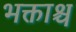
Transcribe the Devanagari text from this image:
भक्ताश्च